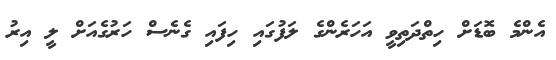
އެންމެ ބޮޑަށް ހިތްދަތިވީ އަހަރެންގެ ލަފުގައި ހިފައި ގެނެސް ހަރުގެއަށް ލީ އިރު